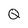
Character: Q